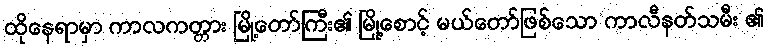
ထိုနေရာမှာ ကာလကတ္တား မြို့တော်ကြီး၏ မြို့စောင့် မယ်တော်ဖြစ်သော ကာလီနတ်သမီး ၏